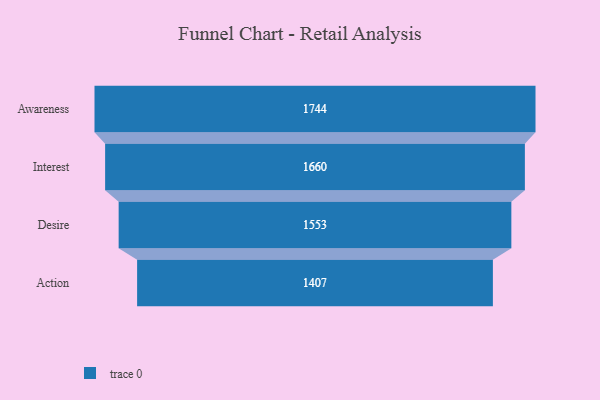
{"axis": {"x": "Stage", "y": "Value"}, "legend": [""], "data": [{"x": "Awareness", "y": 1744.0, "type": ""}, {"x": "Interest", "y": 1660.0, "type": ""}, {"x": "Desire", "y": 1553.0, "type": ""}, {"x": "Action", "y": 1407.0, "type": ""}]}